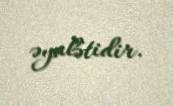
əyalətidir.